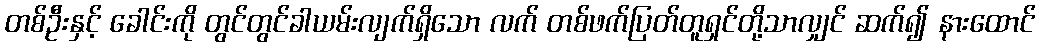
တစ်ဦးနှင့် ခေါင်းကို တွင်တွင်ခါယမ်းလျက်ရှိသော လက် တစ်ဖက်ပြတ်တူရှင်တို့သာလျှင် ဆက်၍ နားထောင်